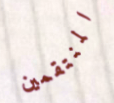
المنتقمين